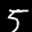
Label: 5